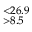
^ { < 2 6 . 9 } _ { > 8 . 5 }